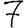
Digit: 7